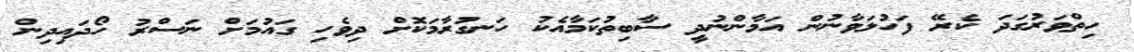
ހިތްވަރުގަދަ ކެރޭ ފަހުލަވާނުން އަމާންނުދީ ސާބިތުކަމާއެކު ހަނގުރާމަކޮށް ދިވެހި ގައުމަށް ނަސްރު ހޯދައިދިން